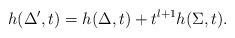
LaTeX: \begin{align*}h(\Delta',t) = h(\Delta,t)+t^{l+1}h(\Sigma, t).\end{align*}